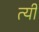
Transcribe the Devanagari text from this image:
त्यी